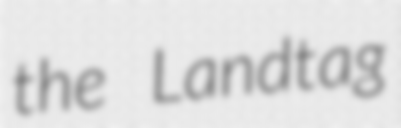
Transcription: the Landtag